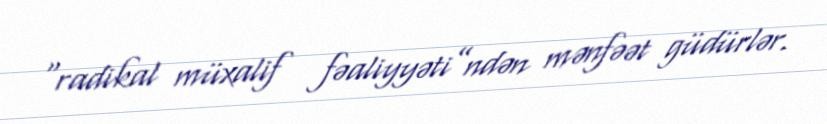
“radikal müxalif fəaliyyəti”ndən mənfəət güdürlər.